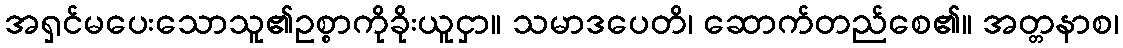
အရှင်မပေးသောသူ၏ဥစ္စာကိုခိုးယူငှာ။ သမာဒပေတိ၊ ဆောက်တည်စေ၏။ အတ္တနာစ၊